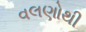
વલણોથી